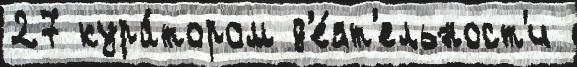
27 кура́тором д'е́ят'ельност'и